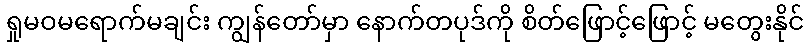
ရှုမဝမရောက်မချင်း ကျွန်တော်မှာ နောက်တပုဒ်ကို စိတ်ဖြောင့်ဖြောင့် မတွေးနိုင်